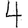
Digit: 4